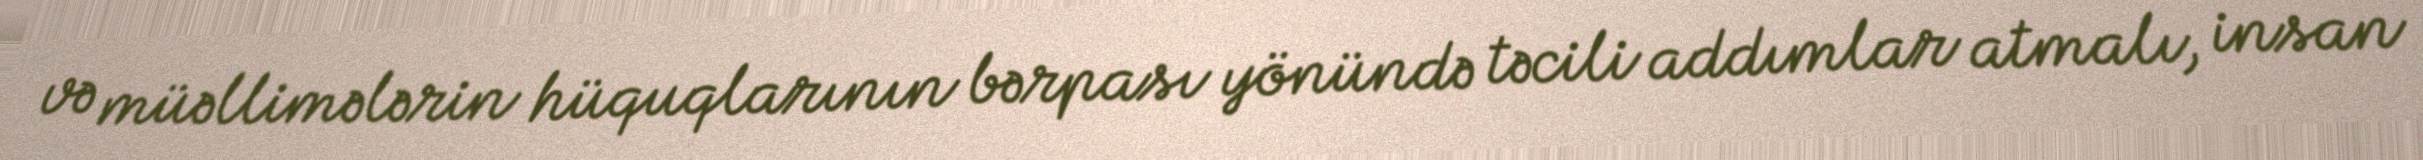
və müəllimələrin hüquqlarının bərpası yönündə təcili addımlar atmalı, insan